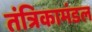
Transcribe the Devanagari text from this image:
तंत्रिकामंडल